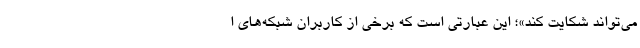
می‌تواند شکایت کند»؛ این عبارتی است که برخی از کاربران شبکه‌های ا